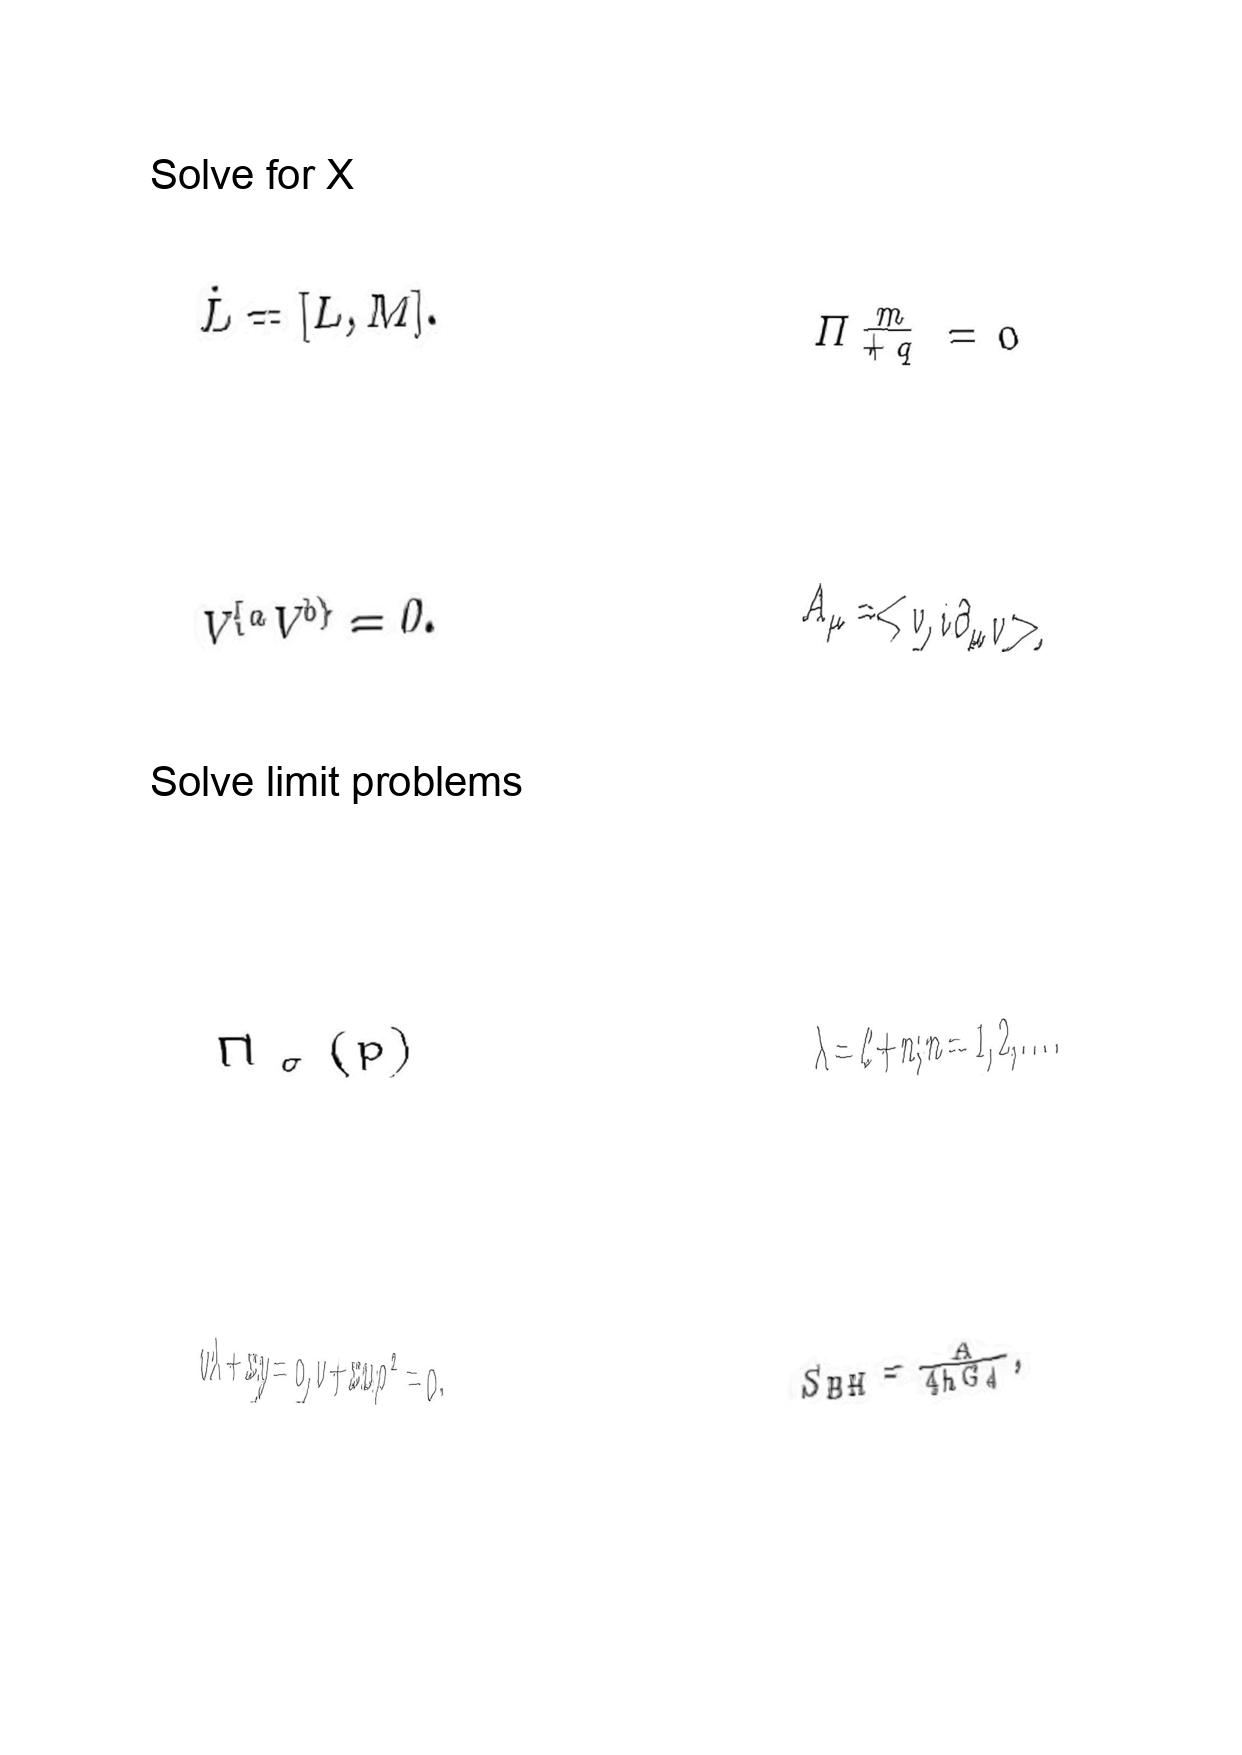
LaTeX transcription:
\dot { L } = \lbrack L , M \rbrack .
V ^ { \lbrace a } V ^ { b \rbrace } = 0 .
\Pi _ { \sigma } \lparen p \rparen
v \lambda + x y = 0 , v + x u \rho ^ { 2 } = 0 .
\Pi _ { + q } ^ { \underline { m } } = 0
A _ { \mu } = \lt v , i \partial _ { \mu } v \gt ,
\lambda = \ell + n ; n = 1 , 2 , \ldots .
S _ { B H } = \frac { A } { 4 \hbar G _ { d } } ,